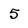
Character: 5